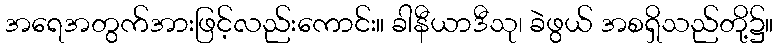
အရေအတွက်အားဖြင့်လည်းကောင်း။ ခါနီယာဒီသု၊ ခဲဖွယ် အစရှိသည်တို့၌။